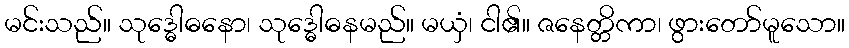
မင်းသည်။ သုဒ္ဓေါဓနော၊ သုဒ္ဓေါဓနမည်။ မယှံ၊ ငါ၏။ ဇနေတ္တိကာ၊ ဖွားတော်မူသော။